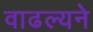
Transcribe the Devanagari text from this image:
वाढल्यने